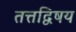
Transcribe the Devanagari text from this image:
तत्तद्विषय